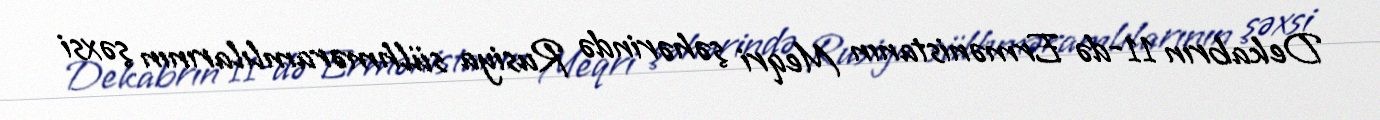
Dekabrın 11-də Ermənistanın Meqri şəhərində Rusiya sülhməramlılarının şəxsi